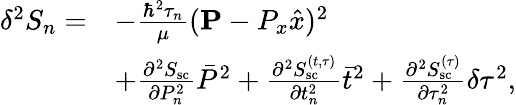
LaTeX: \begin{array}{rl}{\delta^{2}S_{n}=}&{-\frac{\hbar^{2}\tau_{n}}{\mu}({\mathbf P}-P_{x}\hat{x})^{2}}\\ &{+\frac{\partial^{2}S_{\mathrm{sc}}}{\partial P_{n}^{2}}\bar{P}^{2}+\frac{\partial^{2}S_{\mathrm{sc}}^{(t,\tau)}}{\partial t_{n}^{2}}\bar{t}^{2}+\frac{\partial^{2}S_{\mathrm{sc}}^{(\tau)}}{\partial\tau_{n}^{2}}\delta\tau^{2},}\end{array}